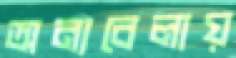
অন্যবেলায়